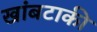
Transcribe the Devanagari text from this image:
खांबटाकी